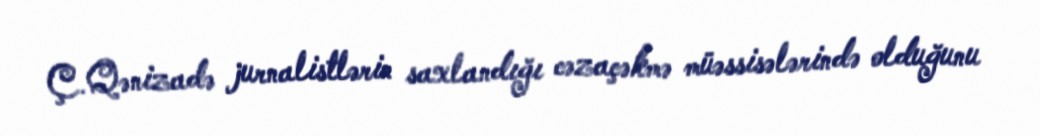
Ç.Qənizadə jurnalistlərin saxlandığı cəzaçəkmə müəssisələrində olduğunu